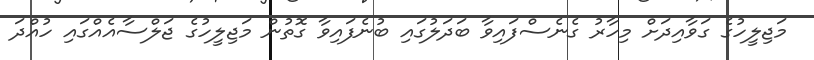
މަޖިލީހުގެ ގަވާއިދަށް މިހާރު ގެނެސްފައިވާ ބަދަލުގައި ބުނެފައިވާ ގޮތުން މަޖިލީހުގެ ޖަލްސާއެއްގައި ހުއްދަ